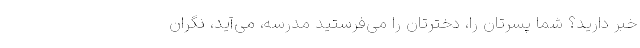
خبر دارید؟ شما پسرتان را، دخترتان را می‌فرستید مدرسه، می‌آید، نگران